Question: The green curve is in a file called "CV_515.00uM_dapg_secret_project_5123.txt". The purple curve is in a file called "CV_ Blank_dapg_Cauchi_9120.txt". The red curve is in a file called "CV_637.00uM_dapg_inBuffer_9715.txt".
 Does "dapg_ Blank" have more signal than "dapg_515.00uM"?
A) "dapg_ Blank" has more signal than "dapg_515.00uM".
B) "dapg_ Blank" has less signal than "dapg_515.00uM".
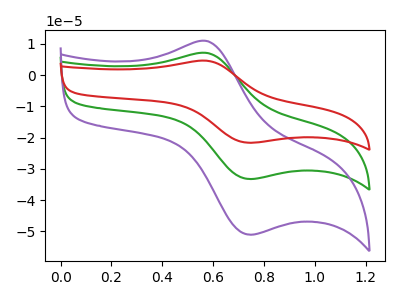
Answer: <think>The green curve "dapg_515.00uM" has an anodic peak at (0.60V, 7.10uA) and a cathodic peak at (0.75V, -33.25uA). The purple curve "dapg_ Blank" has an anodic peak at (0.60V, 10.95uA) and a cathodic peak at (0.75V, -51.10uA). The red curve "dapg_637.00uM" has an anodic peak at (0.60V, 14.25uA) and a cathodic peak at (0.75V, -66.50uA).
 All the peaks in "dapg_ Blank" have a peak in "dapg_515.00uM" at the same potential. Every peak in "dapg_ Blank" is higher than every peak in "dapg_515.00uM".</think>
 <answer>A) "dapg_ Blank" has more signal than "dapg_515.00uM".</answer>
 <eval>A</eval>